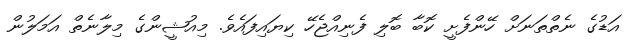
އަޑުގެ ނެތްތަނަށް ހޭންފެށީ ކޮބާ ބޮލި ފެނިއްޖެހޭ ކިޔައިފައެވެ. މިއުޝީންގެ މިލާނެތް އަމަލުން